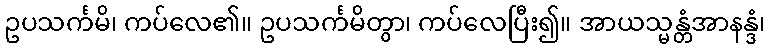
ဥပသင်္ကမိ၊ ကပ်လေ၏။ ဥပသင်္ကမိတွာ၊ ကပ်လေပြီး၍။ အာယသ္မန္တံအာနန္ဒံ၊